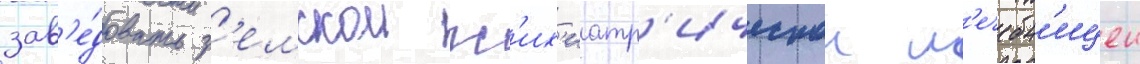
зав'е́довать з'емскои пс'их'иатр'ическои л'ечебн'ицеи